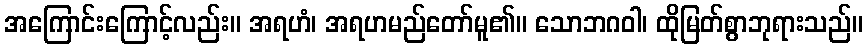
အကြောင်းကြောင့်လည်း။ အရဟံ၊ အရဟမည်တော်မူ၏။ သောဘဂဝါ၊ ထိုမြတ်စွာဘုရားသည်။